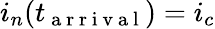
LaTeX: i_{n}(t_{\mathrm{~a~r~r~i~v~a~l~}})=i_{c}